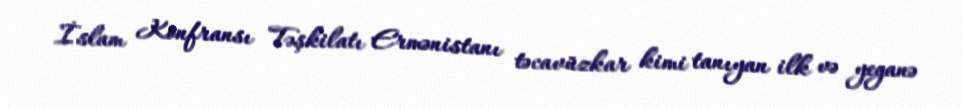
İslam Konfransı Təşkilatı Ermənistanı təcavüzkar kimi tanıyan ilk və yeganə